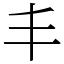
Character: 丰